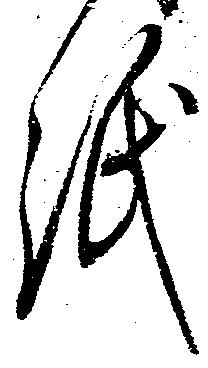
紙